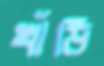
খাঁড়ি